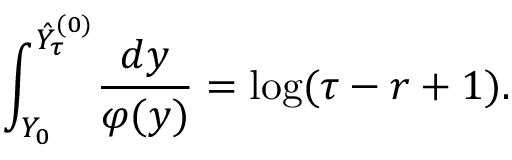
\int _ { Y _ { 0 } } ^ { \hat { Y } _ { \tau } ^ { ( 0 ) } } \! \frac { d y } { \varphi ( y ) } = \log ( \tau - r + 1 ) .